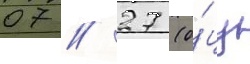
07 // 27 (о́цу